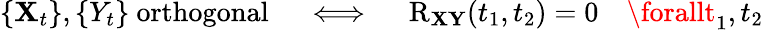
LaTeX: \left\{ \mathbf{X}_{t}\right\} ,\left\{ Y_{t}\right\} {\mathrm{{~orthogonal}}}\quad\iff\quad\operatorname{R}_{\mathbf{{\mathbf{X}}}\mathbf{{Y}}}(t_{1},t_{2})=0\quad\forallt_{1},t_{2}